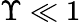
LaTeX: \Upsilon\ll 1